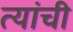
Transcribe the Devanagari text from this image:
त्यांंची